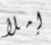
إملأ